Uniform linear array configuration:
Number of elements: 24
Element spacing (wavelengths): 1
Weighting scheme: hamming
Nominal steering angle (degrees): -15
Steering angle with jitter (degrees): -14.611
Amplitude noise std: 0.05
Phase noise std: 0.05

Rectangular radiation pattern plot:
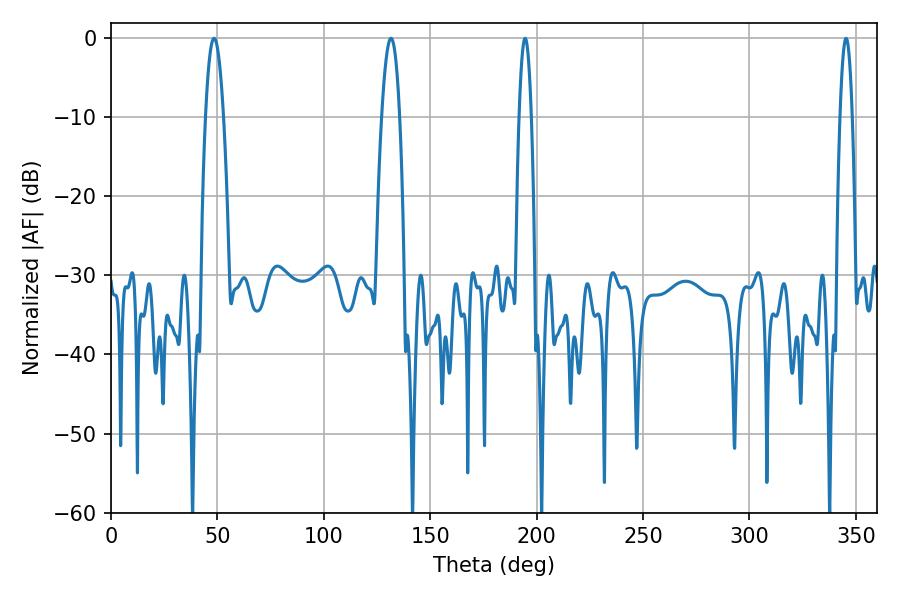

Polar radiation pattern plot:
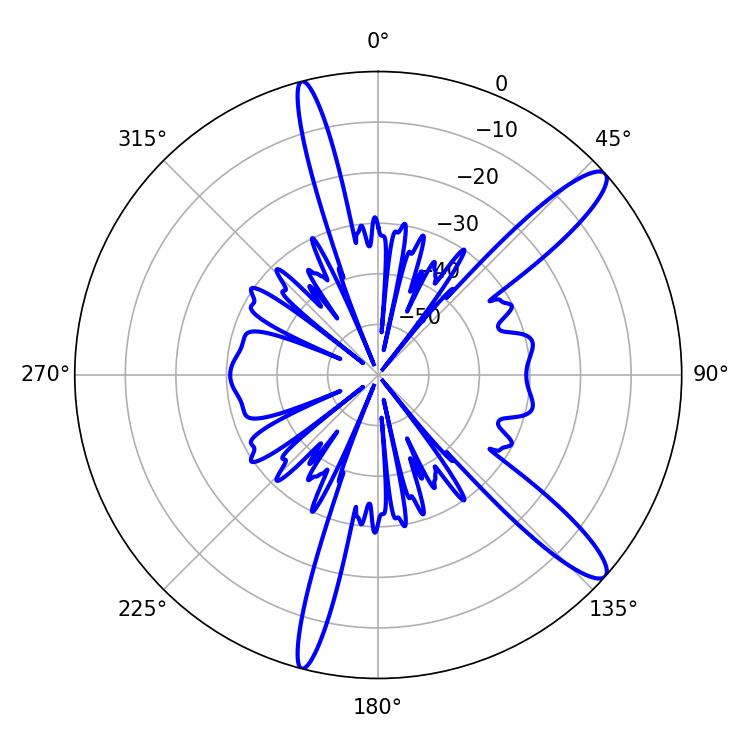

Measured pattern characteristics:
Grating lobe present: TRUE
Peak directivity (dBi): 12.94
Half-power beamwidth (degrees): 4.5
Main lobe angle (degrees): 48.42